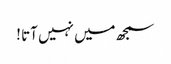
سمجھ میں نہیں آتا !